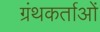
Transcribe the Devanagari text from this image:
ग्रंथकर्ताओं